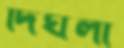
দিঘলী